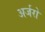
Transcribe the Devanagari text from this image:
अर्जरो